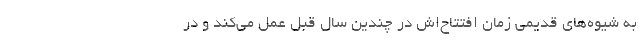
به شیوه‌های قدیمی زمان افتتاح‌اش در چندین سال قبل عمل می‌کند و در